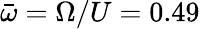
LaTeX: \bar{\omega}=\Omega/U=0.49